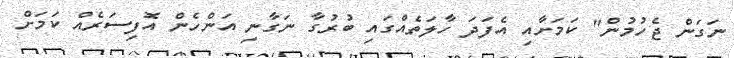
ނަގަން ޖެހުމުން" ކަމަށާއި އެފަދަ ހާލަތެއްގައި ބުރުގާ ނަގާނި އަންހެން އޮފިސަރެއް ކަމަށް